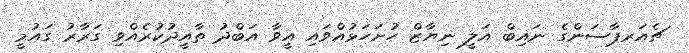
ޗެއަރޕާސަންގެ ނައިބް އަލީ ނިޔާޒް ހުށަހަޅުއްވައި އީވާ އަބްދު ތާއީދުކުރެއްވި ގަރާރު ގައުމީ